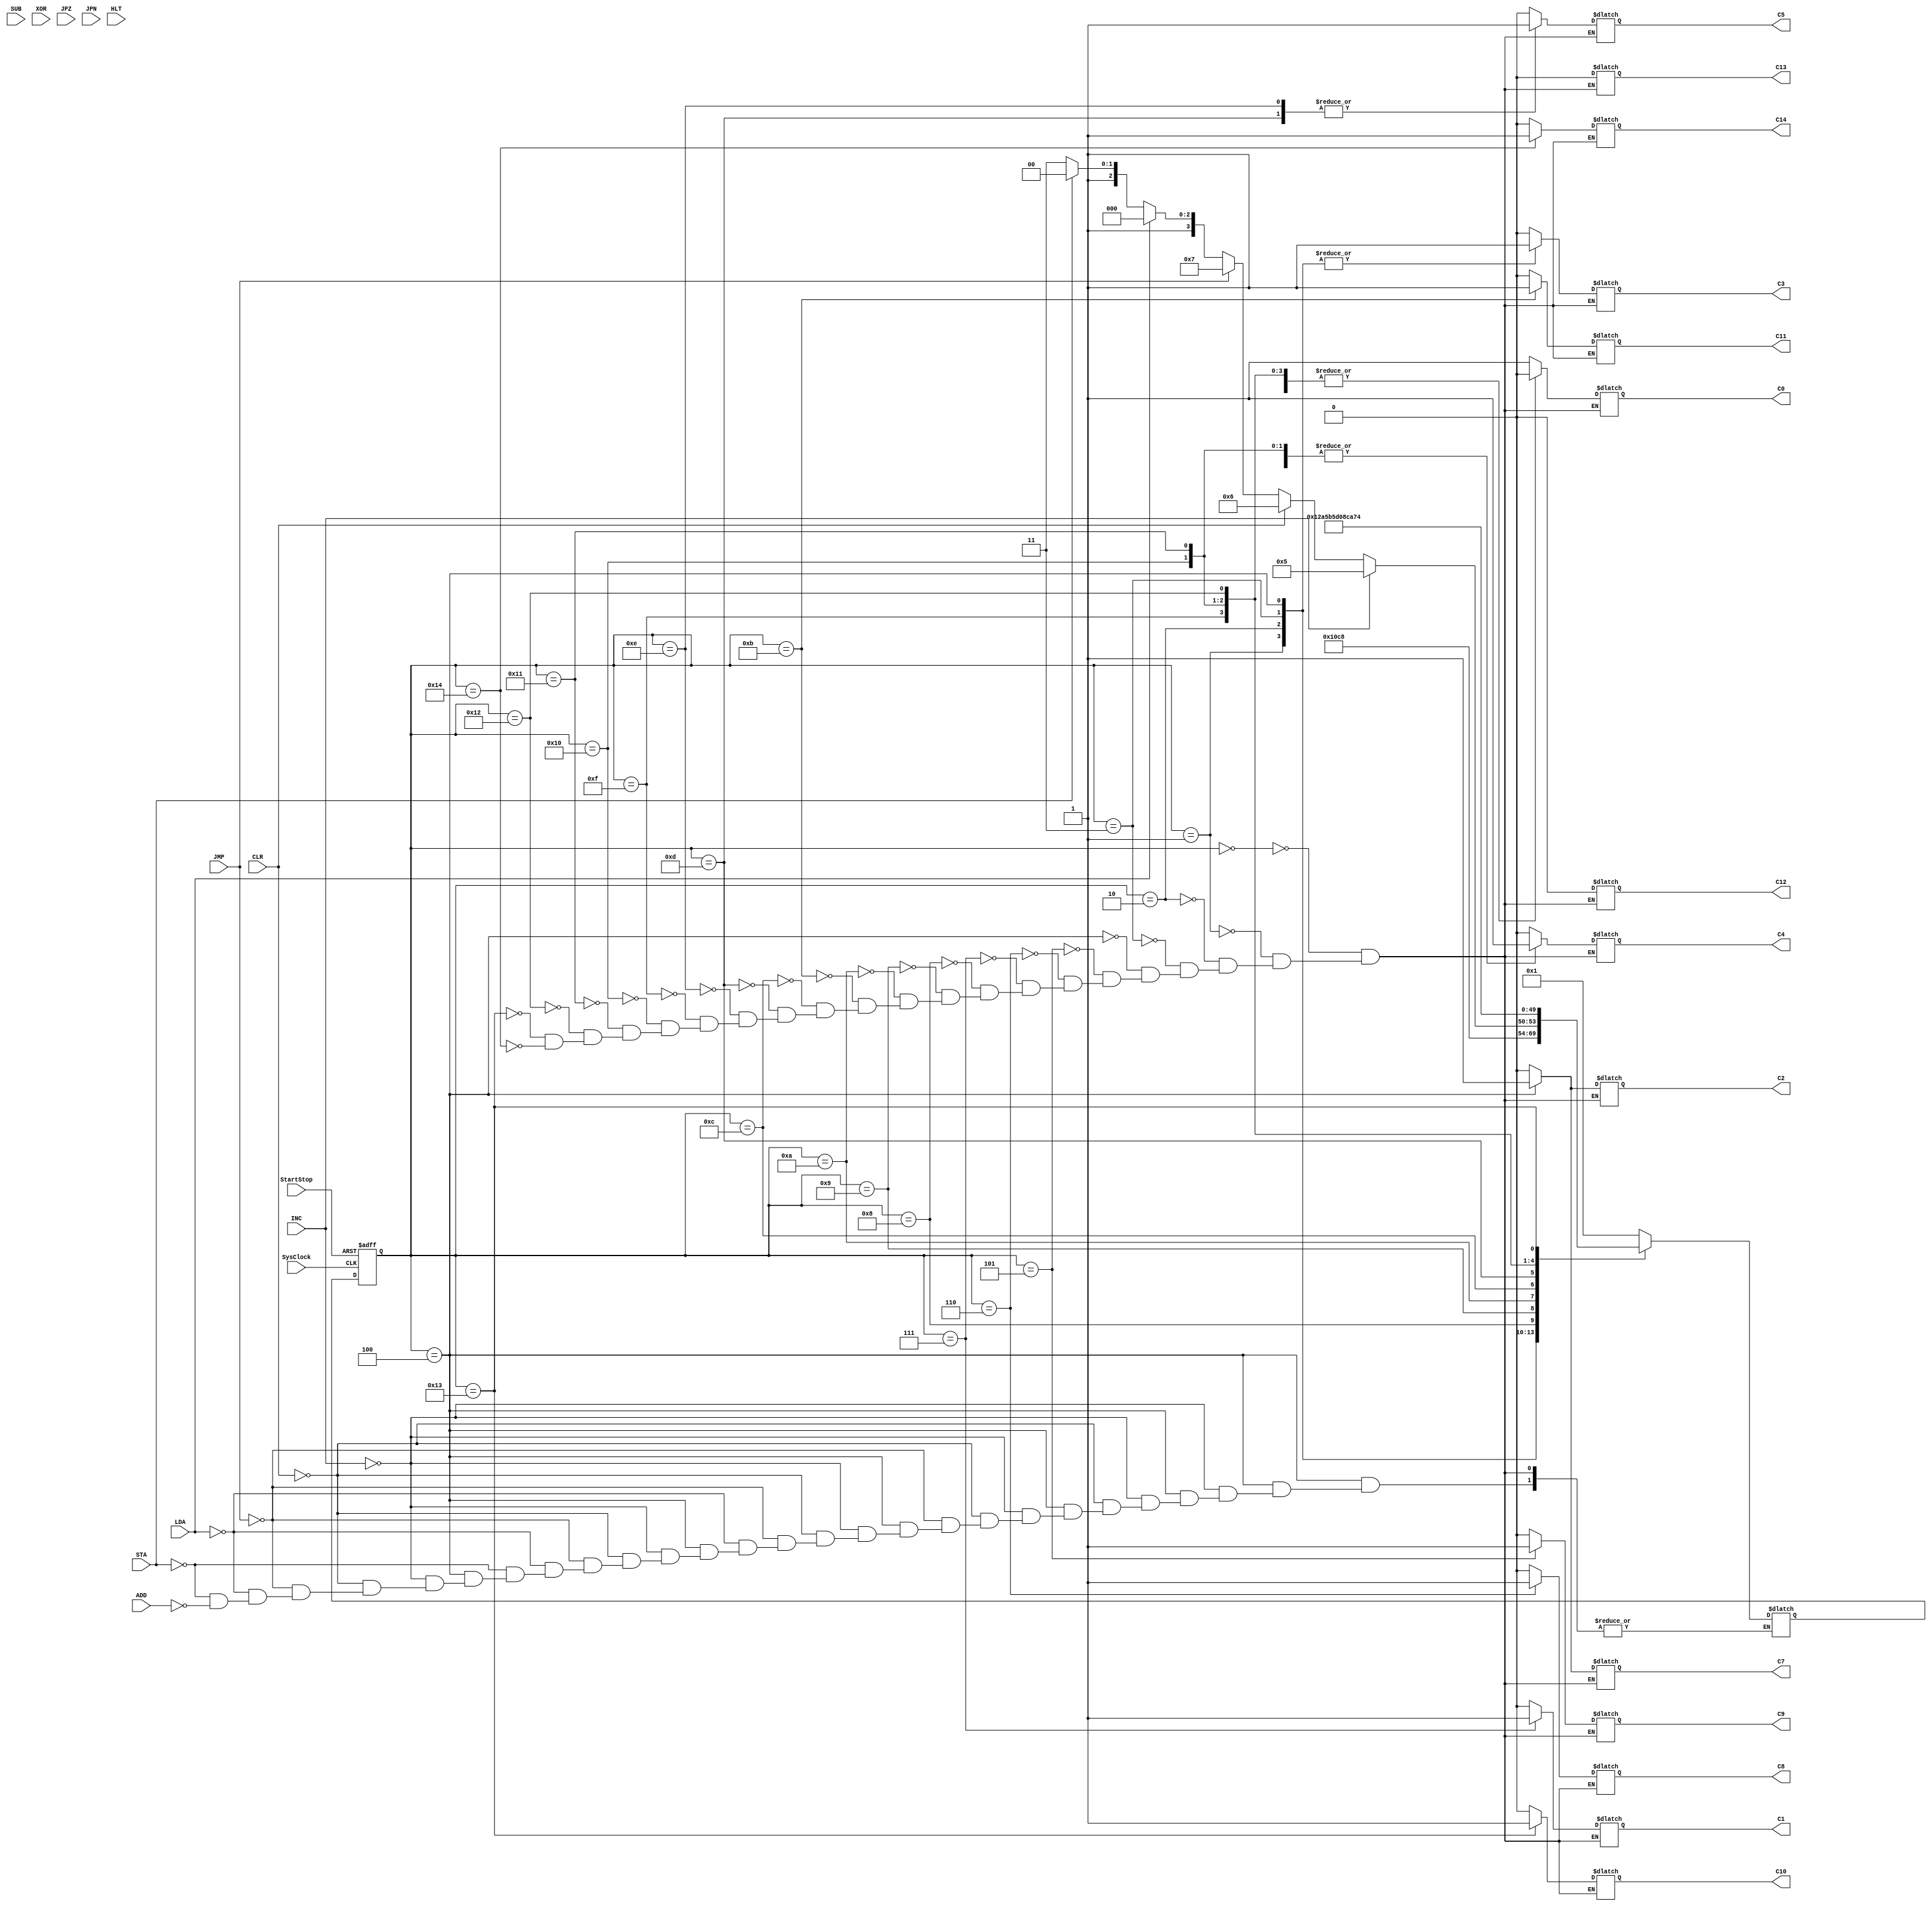
//TRISC Control Unit Finite State Machine
module triscFSM
(
	input SysClock,StartStop,LDA,STA,ADD,SUB,XOR,INC,CLR,JMP,JPZ,JPN,HLT,
	output reg C0,C1,C2,C3,C4,C7,C8,C9,C5,C10,C11,C12,C13,C14
);
	reg [4:0] state,nextstate;
	parameter A=5'b00000,B=5'b00001,C=5'b00010,D=5'b00011,E=5'b00100,F=5'b00101,G=5'b00110,H=5'b00111,I=5'b01000,J=5'b01001,K=5'b01010,L=5'b01011,
				M=5'b01100,N=5'b01101, O=5'b01110,P=5'b01111,Q=5'b10000,R=5'b10001,S=5'b10010,T=5'b10011,U=5'b10100;
	always @ (negedge SysClock,negedge StartStop)
		if (StartStop==1'b0) state <= A; else state <= nextstate;
	always @ (state,INC,CLR,JMP,LDA,STA,ADD)
		case (state)
			A: begin {C0,C1,C2,C3,C4,C7,C8,C9,C5,C10,C11,C12,C13,C14} = 14'b10000000000000; nextstate = B; end //INITIALIZE
			B: begin {C0,C1,C2,C3,C4,C7,C8,C9,C5,C10,C11,C12,C13,C14} = 14'b00010000000000; nextstate = C; end //FETCH
			C: begin {C0,C1,C2,C3,C4,C7,C8,C9,C5,C10,C11,C12,C13,C14} = 14'b00011000000000; nextstate = D; end //FETCH
			D: begin {C0,C1,C2,C3,C4,C7,C8,C9,C5,C10,C11,C12,C13,C14} = 14'b00011000000000; nextstate = E; end //FETCH
			E: begin {C0,C1,C2,C3,C4,C7,C8,C9,C5,C10,C11,C12,C13,C14} = 14'b00110100000000; //DECODE
			if (INC) nextstate = F;
			else if (CLR) nextstate = G;
			else if (JMP) nextstate = H;
			else if (LDA) nextstate = I;
			else if (STA) nextstate = M;
			else if (ADD) nextstate = P; end
			F: begin {C0,C1,C2,C3,C4,C7,C8,C9,C5,C10,C11,C12,C13,C14} = 14'b00000001000000; nextstate = B; end //INC=0110
			G: begin {C0,C1,C2,C3,C4,C7,C8,C9,C5,C10,C11,C12,C13,C14} = 14'b00000010000000; nextstate = B; end //CLR=0111
			H: begin {C0,C1,C2,C3,C4,C7,C8,C9,C5,C10,C11,C12,C13,C14} = 14'b01000000000000; nextstate = B; end //JMP=1000
			I: begin {C0,C1,C2,C3,C4,C7,C8,C9,C5,C10,C11,C12,C13,C14} = 14'b00000000000000; nextstate = J; end //LDA=0000
			
			J: begin {C0,C1,C2,C3,C4,C7,C8,C9,C5,C10,C11,C12,C13,C14} = 14'b00001000000000; nextstate = K; end //LDA
			K: begin {C0,C1,C2,C3,C4,C7,C8,C9,C5,C10,C11,C12,C13,C14} = 14'b00001000000000; nextstate = L; end //LDA
			L: begin {C0,C1,C2,C3,C4,C7,C8,C9,C5,C10,C11,C12,C13,C14} = 14'b00000000001000; nextstate = B; end //LDA
			
			M: begin {C0,C1,C2,C3,C4,C7,C8,C9,C5,C10,C11,C12,C13,C14} = 14'b00000000000000; nextstate = N; end //STA
			N: begin {C0,C1,C2,C3,C4,C7,C8,C9,C5,C10,C11,C12,C13,C14} = 14'b00001000100000; nextstate = O; end //STA
			O: begin {C0,C1,C2,C3,C4,C7,C8,C9,C5,C10,C11,C12,C13,C14} = 14'b00001000100000; nextstate = B; end //STA
			
			P: begin {C0,C1,C2,C3,C4,C7,C8,C9,C5,C10,C11,C12,C13,C14} = 14'b00000000000000; nextstate = Q; end //ADD
			Q: begin {C0,C1,C2,C3,C4,C7,C8,C9,C5,C10,C11,C12,C13,C14} = 14'b00001000000000; nextstate = R; end //ADD
			R: begin {C0,C1,C2,C3,C4,C7,C8,C9,C5,C10,C11,C12,C13,C14} = 14'b00001000000000; nextstate = S; end //ADD
			S: begin {C0,C1,C2,C3,C4,C7,C8,C9,C5,C10,C11,C12,C13,C14} = 14'b00000000000000; nextstate = T; end //ADD
			T: begin {C0,C1,C2,C3,C4,C7,C8,C9,C5,C10,C11,C12,C13,C14} = 14'b00000000010000; nextstate = U; end //ADD
			U: begin {C0,C1,C2,C3,C4,C7,C8,C9,C5,C10,C11,C12,C13,C14} = 14'b00000000000001; nextstate = B; end //ADD
			
		endcase
	endmodule